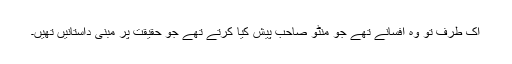
اک طرف تو وہ افسانے تھے جو منٹو صاحب پیش کیا کرتے تھے جو حقیقت پر مبنی داستانیں تھیں۔